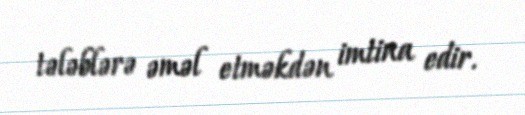
tələblərə əməl etməkdən imtina edir.